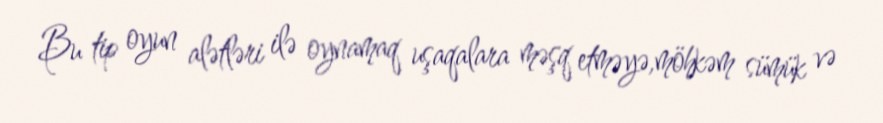
Bu tip oyun alətləri ilə oynamaq uşaqalara məşq etməyə,möhkəm sümük və